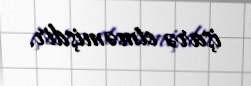
işarə etməmişdir.